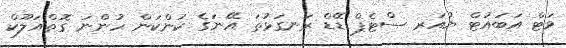
ވަޓް އަބައުޓް ޔުއަރ ސްޓެޕް ޑޭޑް ރަނގަޅުތަ އޭނަގެ ކަންކަން ހުންނަ ގޮތްއަލޫކް